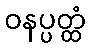
ဝနပ္ပတ္ထံ